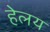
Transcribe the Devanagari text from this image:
हेलय